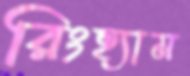
রিংহ্যাম